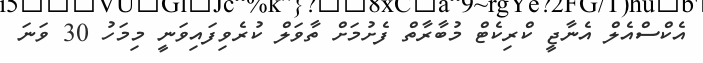
އެކްސްއެލް އެނާޖީ ކްރިކެޓް މުބާރާތް ފެށުމަށް ތާވަލް ކުރެވިފައިވަނީ މިމަހު 30 ވަނަ